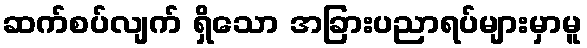
ဆက်စပ်လျက် ရှိသော အခြားပညာရပ်များမှာမူ